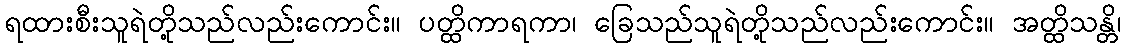
ရထားစီးသူရဲတို့သည်လည်းကောင်း။ ပတ္ထိကာရကာ၊ ခြေသည်သူရဲတို့သည်လည်းကောင်း။ အတ္ထိသန္တိ၊